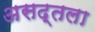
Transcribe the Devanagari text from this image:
असद्तला